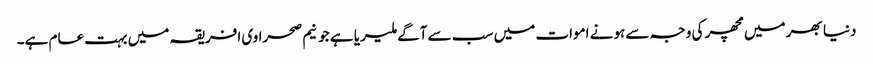
دنیا بھر میں مچھر کی وجہ سے ہونے اموات میں سب سے آگے ملیریا ہے جو نیم صحراوی افریقہ میں بہت عام ہے۔